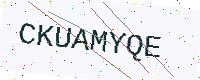
Text: CKUAMYQE